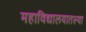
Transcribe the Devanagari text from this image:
महाविद्यालयातल्या